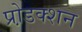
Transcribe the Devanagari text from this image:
प्रो़डक्शन